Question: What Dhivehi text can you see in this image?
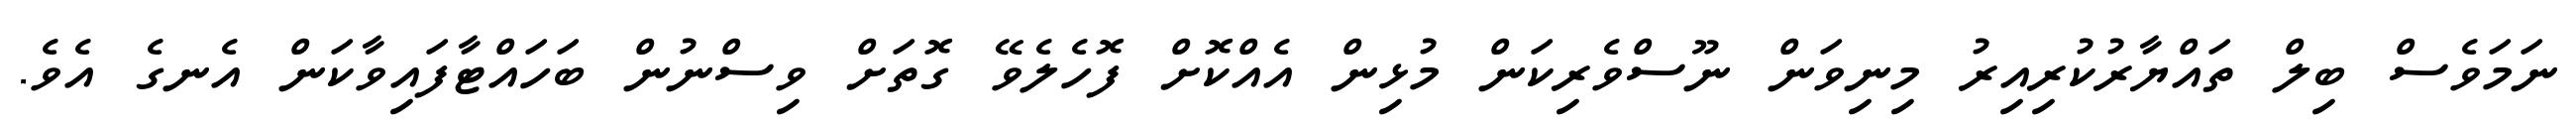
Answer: ނަމަވެސް ބިލް ތައްޔާރުކުރިއިރު މިނިވަން ނޫސްވެރިކަން މުޅިން އެއްކޮށް ފޮހެލެވޭ ގޮތަށް ވިސްނުން ބަހައްޓާފައިވާކަން އެނގެ އެވެ.